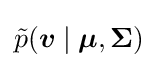
{\tilde {p}}({\boldsymbol {v}}\mid {\boldsymbol {\mu }},{\boldsymbol {\Sigma }})